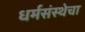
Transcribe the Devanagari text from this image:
धर्मसंस्थेचा